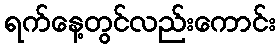
ရက်နေ့တွင်လည်းကောင်း